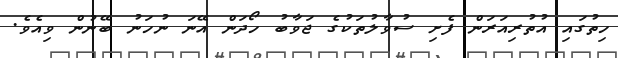
ހިތުގައި އުތުރިއަރަން ފެށި ސުވާލުތަކުގެ ޖަވާބު ހޯދަން އޭނަ ނުހަނު ބޭނުން ވިއެވެ.